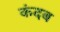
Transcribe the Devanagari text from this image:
कंदब